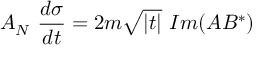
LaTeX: A _ { N } \ \frac { d \sigma } { d t } = 2 m \sqrt { | t | } \ I m ( A B ^ { * } )